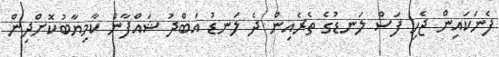
ފެނަކައިން ޖެހި ފަސް ލަނޑުގެ ތެރެއިން ދެ ލަނޑު އަބްދު ޝައްފާން ކާމިޔާބުކޮށްދިން